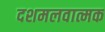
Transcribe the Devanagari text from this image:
दशमलवात्मक